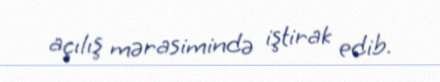
açılış mərasimində iştirak edib.